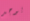
يوجد